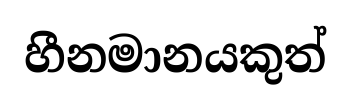
හීනමානයකුත්